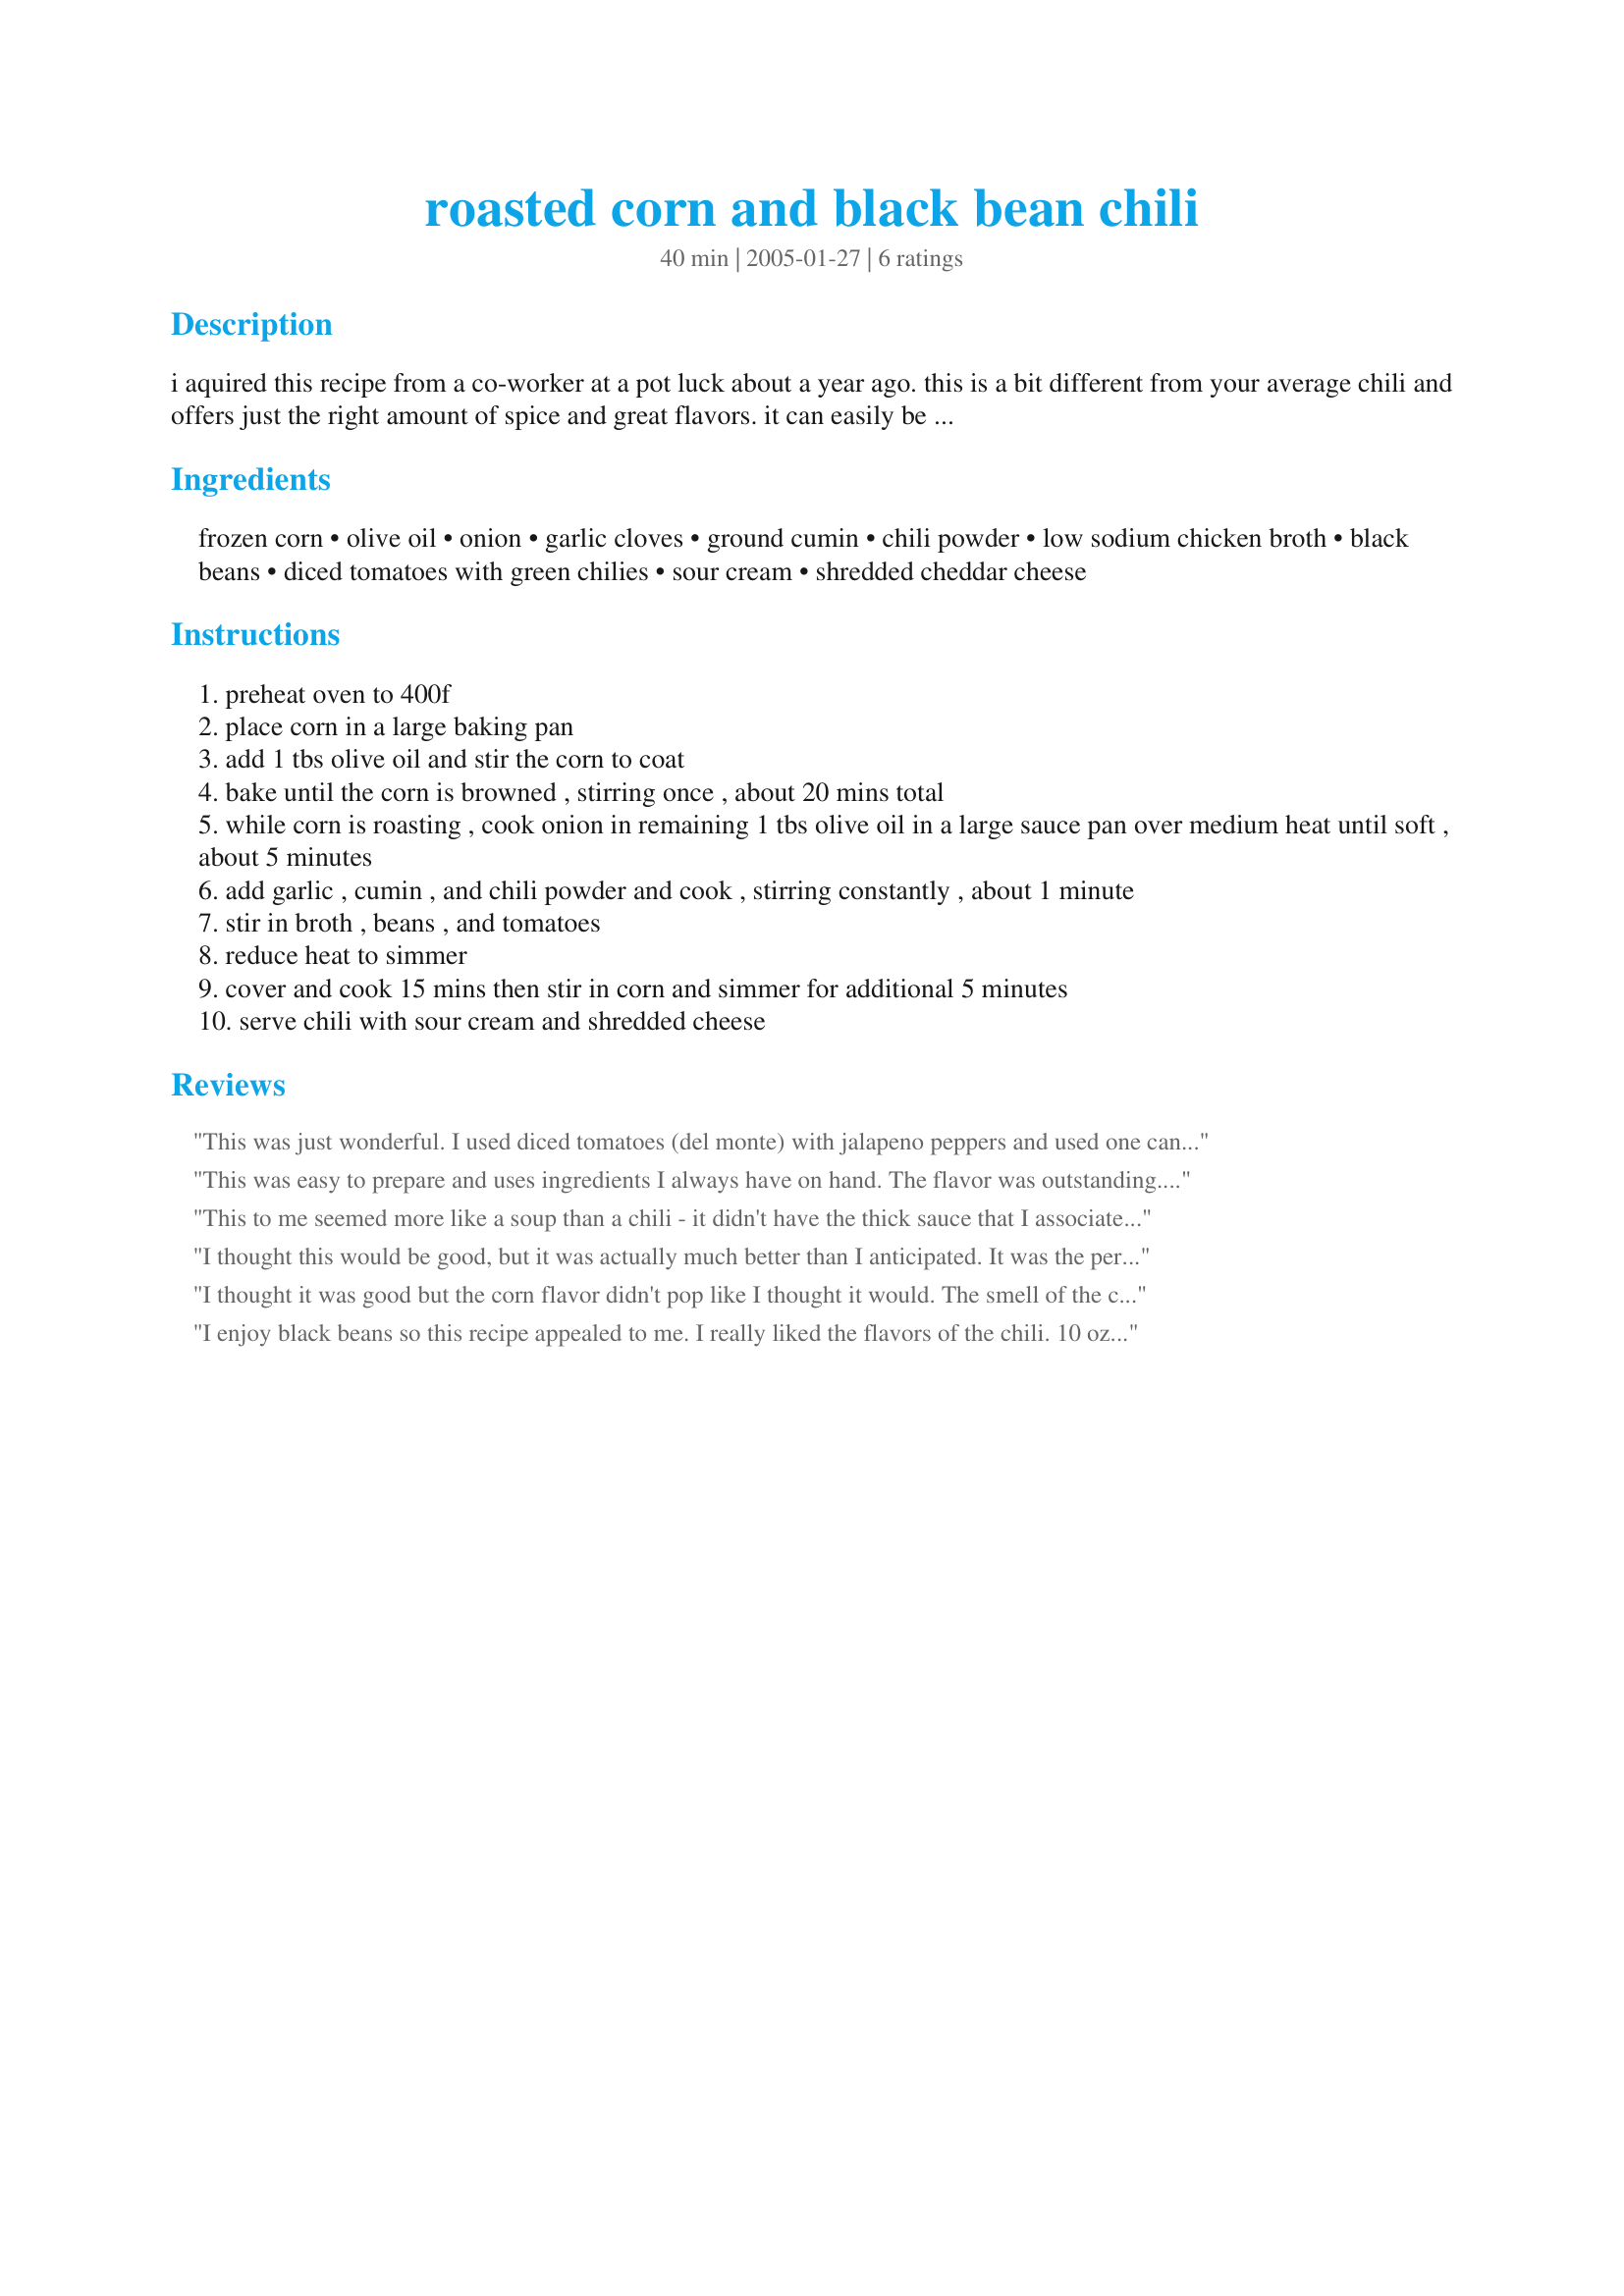
roasted corn and black bean chili
Preparation time: 40 minutes

i aquired this recipe from a co-worker at a pot luck about a year ago. this is a bit different from your average chili and offers just the right amount of spice and great flavors. it can easily be made fully vegetarian by substituting for the chicken broth. enjoy!
suggestion: if you want a thicker more 'chili-like' consistency try mashing a half a cup or more of the rinsed black beans then add with the rest of the beans.

Ingredients:
frozen corn, olive oil, onion, garlic cloves, ground cumin, chili powder, low sodium chicken broth, black beans, diced tomatoes with green chilies, sour cream, shredded cheddar cheese

Steps:
preheat oven to 400f
place corn in a large baking pan
add 1 tbs olive oil and stir the corn to coat
bake until the corn is browned , stirring once , about 20 mins total
while corn is roasting , cook onion in remaining 1 tbs olive oil in a large sauce pan over medium heat until soft , about 5 minutes
add garlic , cumin , and chili powder and cook , stirring constantly , about 1 minute
stir in broth , beans , and tomatoes
reduce heat to simmer
cover and cook 15 mins then stir in corn and simmer for additional 5 minutes
serve chili with sour cream and shredded cheese

Reviews:
This was just wonderful. I used diced tomatoes (del monte) with jalapeno peppers and used one can of pinto beans and one can of black beans and it was terrific. I did only use about half a cup of vegetable broth and thought more would have made it soupy.
This was easy to prepare and uses ingredients I always have on hand. The flavor was outstanding. The roasted corn really sets it apart from other recipes. The only changes I made was to use vegetable broth and add extra garlic. Thank you for a delicious and nutritious recipe that is going into my permanent cookbook!
This to me seemed more like a soup than a chili - it didn't have the thick sauce that I associate with a chili. Also, I would have added more chili powder - it didn't seem spicy to me at all. It was good but I don't know if I would make it again, especially due to the high levels of sodium;
I thought this would be good, but it was actually much better than I anticipated. It was the perfect quick and easy dinner on a cold night. I've pretty much always got these ingredients on hand, so this will definitely become a standard around here. Thanks for posting!
I thought it was good but the corn flavor didn't pop like I thought it would. The smell of the corn roasting was divine! The chili was good. It also made about 5 servings.
I enjoy black beans so this recipe appealed to me. I really liked the flavors of the chili. 10 oz. of corn didn't seem like it was enough for me, next time I will add more. Also, I was liberal with the cumin and chili powder and I had to add a little more broth because it was too spicy. I will definitely make this again. Thanks, MI!
